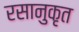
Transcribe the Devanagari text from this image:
रसानुकृत